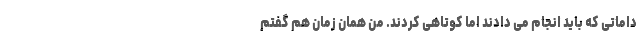
داماتی که باید انجام می دادند اما کوتاهی کردند. من همان زمان هم گفتم